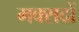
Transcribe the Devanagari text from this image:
मक्सदों